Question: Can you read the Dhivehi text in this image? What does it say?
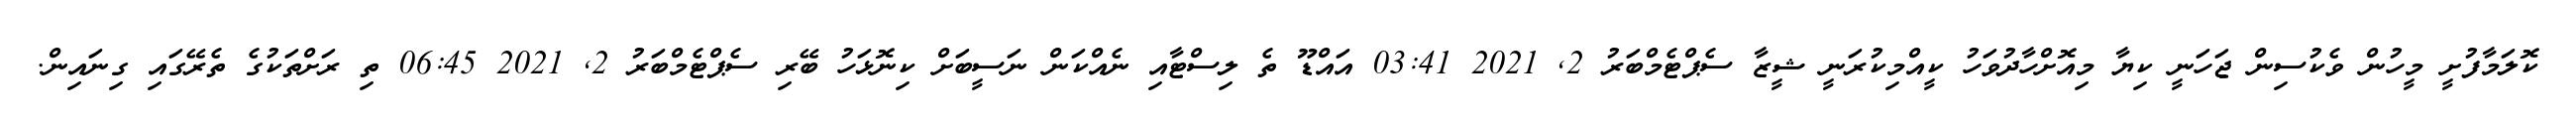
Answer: ކޮލަމާފުށީ މީހުން ވެކުސިން ޖަހަނީ ކިޔާ މިއޮށްހާދުވަހު ކީއްމިކުރަނީ ޝީޒާ ސެޕްޓެމްބަރު 2, 2021 03:41 އައްޑޫ ތެ ލިސްޓާއި ނެއްކަން ނަސީބަށް ކިނޮޅަހު ބޭރި ސެޕްޓެމްބަރު 2, 2021 06:45 ތި ރަށްތަކުގެ ތެރޭގައި ގިނައިން.